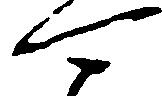
可